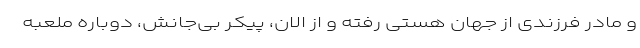
و مادر فرزندی از جهان هستی رفته و از الان، پیکر بی‌جانش، دوباره ملعبه